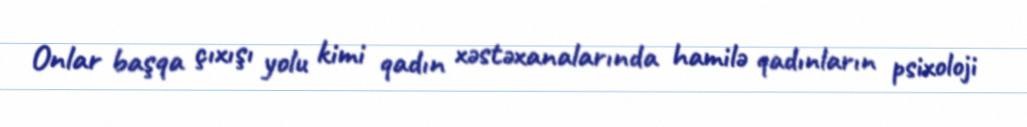
Onlar başqa çıxışı yolu kimi qadın xəstəxanalarında hamilə qadınların psixoloji